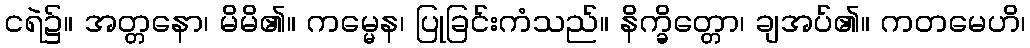
ငရဲ၌။ အတ္တနော၊ မိမိ၏။ ကမ္မေန၊ ပြုခြင်းကံသည်။ နိက္ခိတ္တော၊ ချအပ်၏။ ကတမေဟိ၊